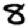
Digit: 8